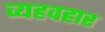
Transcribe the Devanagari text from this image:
व्यहवहार